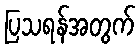
ပြသရန်အတွက်